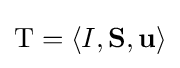
\mathrm {T} =\langle I,\mathbf {S} ,\mathbf {u} \rangle